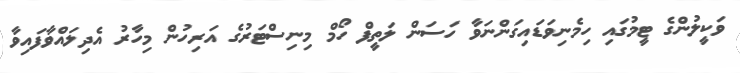
ވަކީލުންގެ ޓީމުގައި ހިމެނިވަޑައިގަންނަވާ ހަސަން ލަތީފް ހޯމް މިނިސްޓަރުގެ އަރިހުން މިހާރު އެދިލައްވާފައިވާ